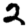
Digit: 2